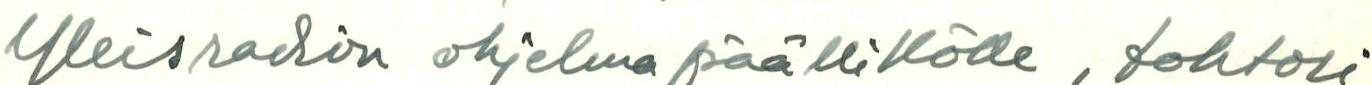
Yleisradion ohjelmapäällikölle, tohtori